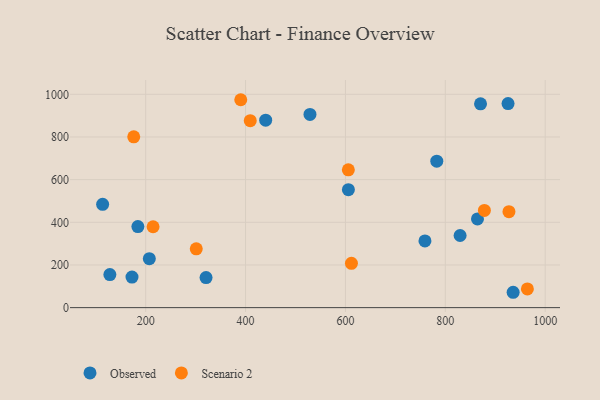
{"axis": {"x": "Investment", "y": "Fuel Efficiency"}, "legend": ["Observed", "Scenario 2"], "data": [{"x": "782.9", "y": 686.5, "type": "Observed"}, {"x": "829.6", "y": 338.1, "type": "Observed"}, {"x": "207.3", "y": 229.4, "type": "Observed"}, {"x": "605.9", "y": 553.0, "type": "Observed"}, {"x": "172.6", "y": 143.1, "type": "Observed"}, {"x": "870.5", "y": 955.3, "type": "Observed"}, {"x": "935.8", "y": 72.0, "type": "Observed"}, {"x": "184.4", "y": 379.9, "type": "Observed"}, {"x": "128.3", "y": 155.0, "type": "Observed"}, {"x": "864.4", "y": 416.0, "type": "Observed"}, {"x": "320.9", "y": 141.1, "type": "Observed"}, {"x": "529.0", "y": 905.9, "type": "Observed"}, {"x": "440.3", "y": 878.6, "type": "Observed"}, {"x": "925.6", "y": 956.5, "type": "Observed"}, {"x": "759.2", "y": 312.8, "type": "Observed"}, {"x": "113.8", "y": 484.1, "type": "Observed"}, {"x": "214.8", "y": 379.1, "type": "Scenario 2"}, {"x": "605.8", "y": 645.9, "type": "Scenario 2"}, {"x": "878.2", "y": 455.7, "type": "Scenario 2"}, {"x": "612.0", "y": 207.8, "type": "Scenario 2"}, {"x": "409.4", "y": 876.6, "type": "Scenario 2"}, {"x": "964.3", "y": 87.5, "type": "Scenario 2"}, {"x": "176.1", "y": 800.9, "type": "Scenario 2"}, {"x": "927.4", "y": 449.8, "type": "Scenario 2"}, {"x": "301.3", "y": 275.5, "type": "Scenario 2"}, {"x": "390.4", "y": 974.6, "type": "Scenario 2"}]}